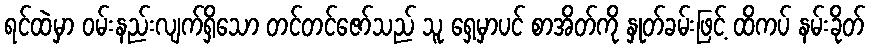
ရင်ထဲမှာ ဝမ်းနည်းလျက်ရှိသော တင်တင်ဇော်သည် သူ ရှေ့မှာပင် စာအိတ်ကို နှုတ်ခမ်းဖြင့် ထိကပ် နမ်းခိုတ်